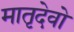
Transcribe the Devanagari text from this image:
मातृदेवो